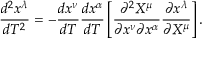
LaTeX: { \frac { d ^ { 2 } x ^ { \lambda } } { d T ^ { 2 } } } = - { \frac { d x ^ { \nu } } { d T } } { \frac { d x ^ { \alpha } } { d T } } \left[ { \frac { \partial ^ { 2 } X ^ { \mu } } { \partial x ^ { \nu } \partial x ^ { \alpha } } } { \frac { \partial x ^ { \lambda } } { \partial X ^ { \mu } } } \right] .